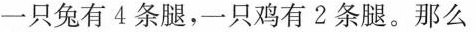
一只兔有4条腿，一只鸡有2条腿。那么